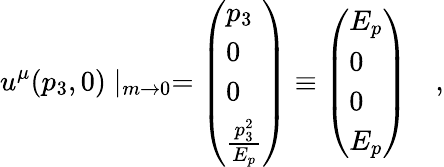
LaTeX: u^{\mu}(p_{3},0)\mid_{m\rightarrow 0}=\left(\begin{array}{l}{{p_{3}}}\\ {{0}}\\ {{0}}\\ {{{\frac{p_{3}^{2}}{E_{p}}}}}\end{array}\right)\equiv\left(\begin{array}{l}{{E_{p}}}\\ {{0}}\\ {{0}}\\ {{E_{p}}}\end{array}\right)\quad,